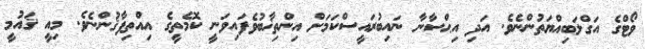
ވޯޓްގެ އަގްލަބިއްޔަތުންނެވެ. އަދި އިޙްސާނާ ނައިބުރައީސްކަމަށް އިންތިޚާބުވެފައިވަނީ ކޮމެތީގެ އިއްތިފާޤުންނެވެ. މިއީ ޤައުމީ